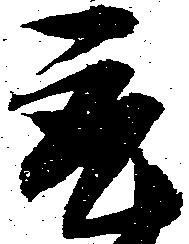
取